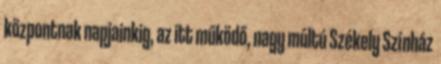
központnak napjainkig, az itt működő, nagy múltú Székely Színház